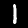
Label: 1